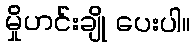
မှိုဟင်းချို ပေးပါ။